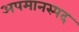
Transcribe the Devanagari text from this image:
अपमानस्पद